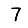
Digit: 7